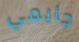
جايمي